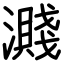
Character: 濺